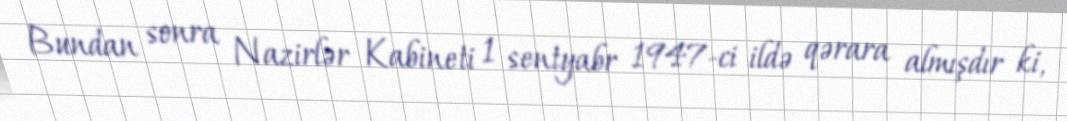
Bundan sonra Nazirlər Kabineti 1 sentyabr 1947-ci ildə qərara almışdır ki,